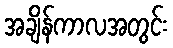
အချိန်ကာလအတွင်း